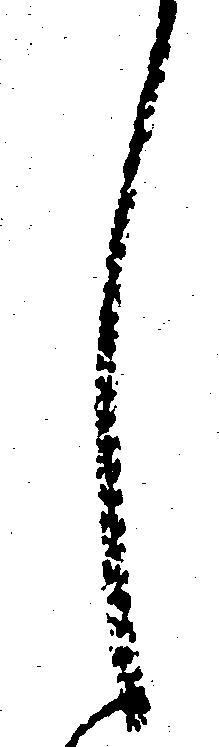
し